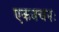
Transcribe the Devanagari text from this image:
एकवचनः